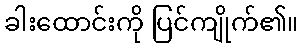
ခါးထောင်းကို ပြင်ကျိုက်၏။